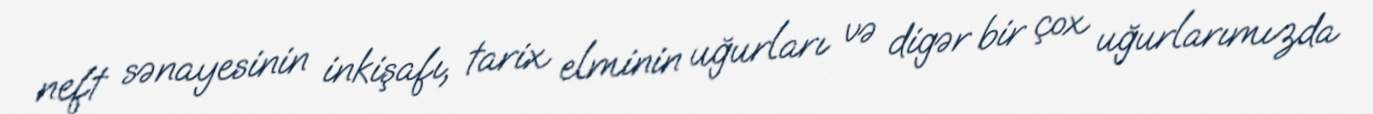
neft sənayesinin inkişafı, tarix elminin uğurları və digər bir çox uğurlarımızda